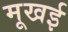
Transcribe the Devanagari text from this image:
मूखई